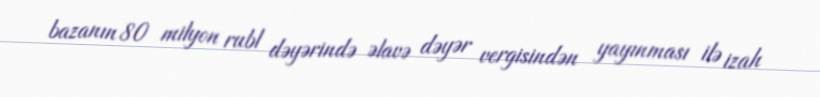
bazanın 80 milyon rubl dəyərində əlavə dəyər vergisindən yayınması ilə izah